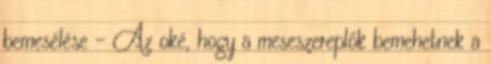
bemesélése – Az oké, hogy a meseszereplők bemehetnek a